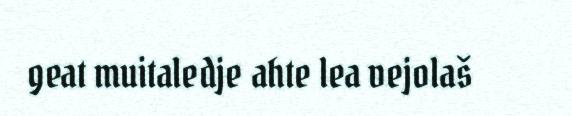
geat muitaledje ahte lea vejolaš